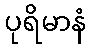
ပုရိမာနံ